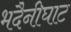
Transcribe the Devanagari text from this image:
भदैनीघाट